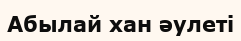
Абылай хан әулеті